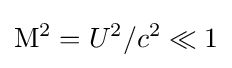
\mathrm {M} ^{2}=U^{2}/c^{2}\ll 1